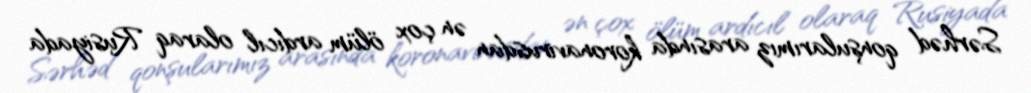
Sərhəd qonşularımız arasında koronavirusdan ən çox ölüm ardıcıl olaraq Rusiyada